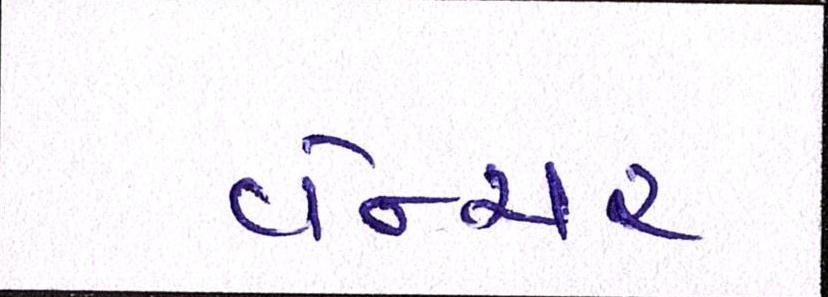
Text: વેન્ચર